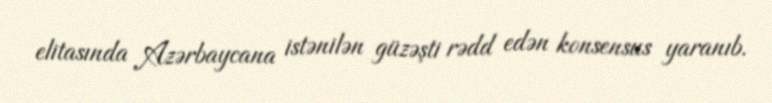
elitasında Azərbaycana istənilən güzəşti rədd edən konsensus yaranıb.